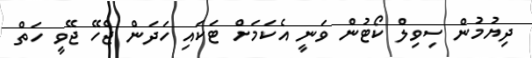
ދިޔުމުން ސިވިލް ކޯޓުން ވަނީ އެކަމަށް ޓަކައި ހަދަން ޖެހޭ ޖޭވީ ހަތް